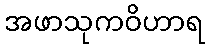
အဖာသုကဝိဟာရ